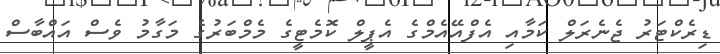
ޑިރެކްޓަރު ޖެނެރަލް ކަމާއި އެފްއޭއެމްގެ އެޕީލް ކޮމެޓީގެ މެމްބަރުގެ މަގާމު ވެސް އައްބާސް